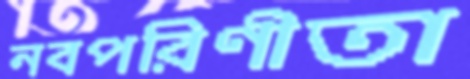
নবপরিণীতা